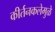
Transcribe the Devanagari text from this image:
कीर्तनकलेमुळे